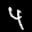
Label: 4